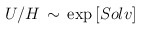
\begin{align*}U/H \, \sim \, \exp \left[ Solv \right]\end{align*}